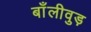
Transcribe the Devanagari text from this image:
बाँलीवुड़